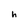
Character: h